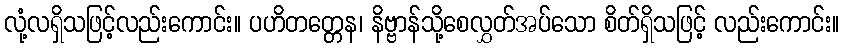
လုံ့လရှိသဖြင့်လည်းကောင်း။ ပဟိတတ္တေန၊ နိဗ္ဗာန်သို့စေလွှတ်အပ်သော စိတ်ရှိသဖြင့် လည်းကောင်း။